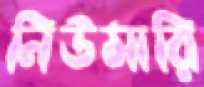
নিউমারি